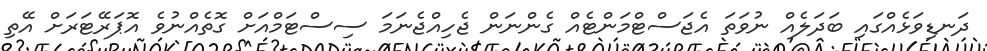
ދަނޑިވަޅެއްގައި ބަދަލެއް ނުވަތަ އެޖަސްޓްމަންޓެއް ގެންނަން ޖެހިއްޖެނަމަ ސިސްޓަމްއަށް ގޮތެއްނުވެ އޮޕަރޭޓަރަށް އޭތި